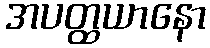
အပတ္ထယာနော